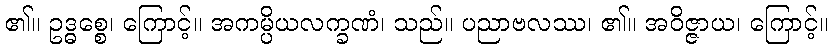
၏။ ဥဒ္ဓစ္စေ၊ ကြောင့်။ အကမ္ပိယလက္ခဏံ၊ သည်။ ပညာဗလဿ၊ ၏။ အဝိဇ္ဇာယ၊ ကြောင့်။